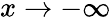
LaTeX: x\to-\infty